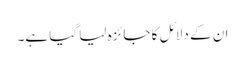
ان کے دلائل کا جائزہ لیا گیا ہے۔